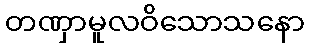
တဏှာမူလဝိသောသနော